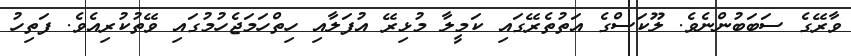
ވާރޭގެ ސަބަބުންނެވެ. ލޫކަސްގެ އަތުތެރޭގައި ކަމީލާ މުޅިރޭ އުފަލާއި ހިތްހަމަޖެހުމުގައި ވޭތުކުރިއެވެ. ފަތިހު